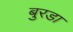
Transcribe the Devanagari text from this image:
बुरडा